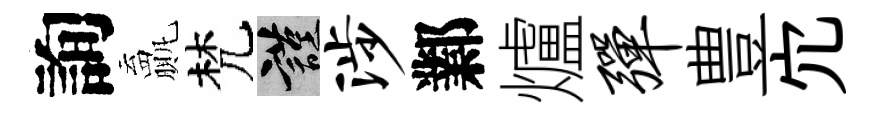
詢贏梵謹涉鄴爐弹豊宂